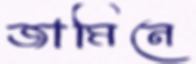
জামিনে